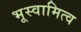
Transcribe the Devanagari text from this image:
भूस्वामित्व